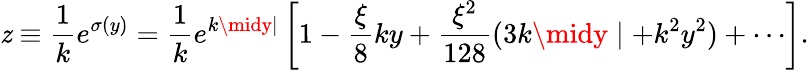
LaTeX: \mathit{z}\equiv\frac{{1}}{{k}}e^{\sigma(y)}=\frac{{1}}{{k}}e^{k\midy\mid}\left[1-\frac{{\xi}}{{8}}ky+\frac{{\xi^{2}}}{{128}}(3k\midy\mid+k^{2}y^{2})+\cdots\right].